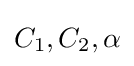
C_{1},C_{2},\alpha